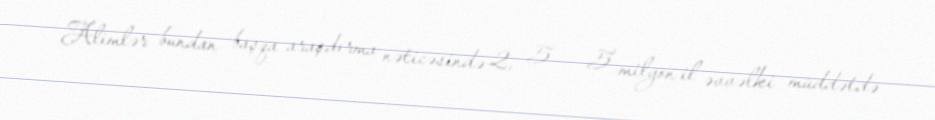
Alimlər bundan başqa araşdırma nəticəsində 2, 5 - 5 milyon il əvvəlki müddətdə